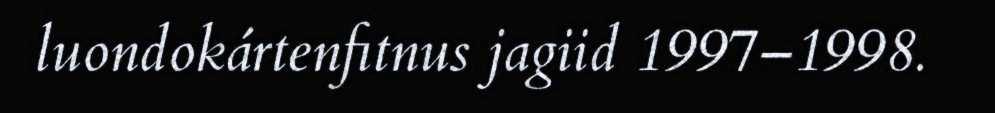
luondokártenfitnus jagiid 1997–1998.